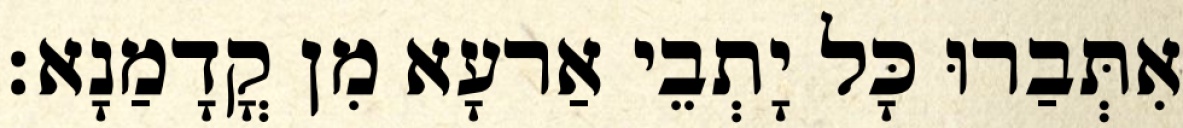
אִתְּבַרוּ כָּל יָתְבֵי אַרעָא מִן קֳדָמַנָא׃